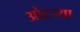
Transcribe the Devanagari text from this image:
ओटच्या